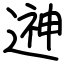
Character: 𨕫